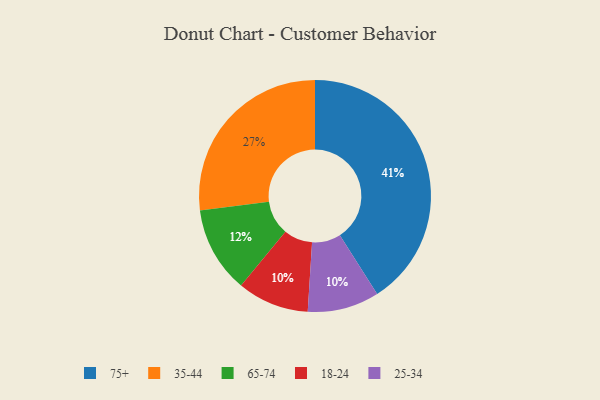
{"axis": {"x": "Category", "y": "Percentage"}, "legend": ["18-24", "25-34", "35-44", "65-74", "75+"], "data": [{"x": "75+", "y": 41, "type": "75+"}, {"x": "65-74", "y": 12, "type": "65-74"}, {"x": "18-24", "y": 10, "type": "18-24"}, {"x": "35-44", "y": 27, "type": "35-44"}, {"x": "25-34", "y": 10, "type": "25-34"}]}